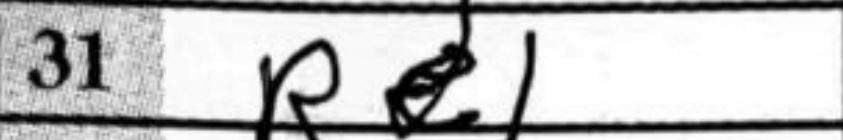
Transcription: Re1